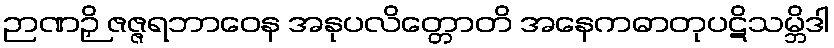
ဉာဏဉှိ ဇဇ္ဇရဘာဝေန အနုပလိတ္တောတိ အနေကဓာတုပဋိသမ္ဘိဒါ